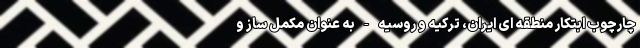
چارچوب ابتکار منطقه ای ایران، ترکیه و روسیه - به عنوان مکمل ساز و